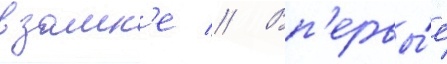
в замк'е // Вп'ервы́е